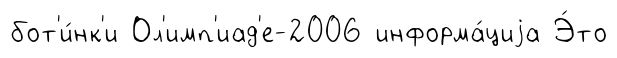
бот'и́нк'и Ол'имп'иад'е-2006 информа́циjа Э́то